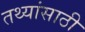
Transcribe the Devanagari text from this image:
तथ्यांसाठी